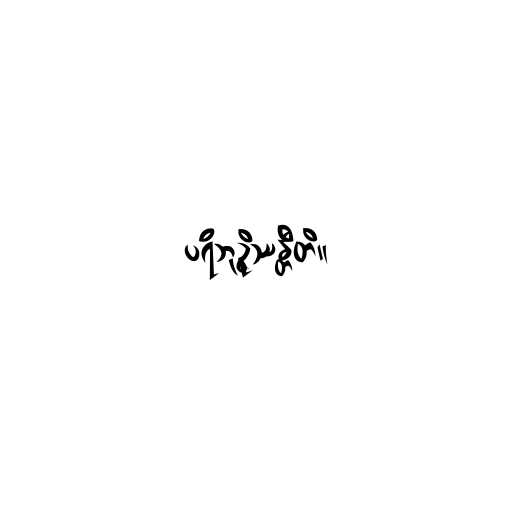
ပရိဘုဉ္ဇိဿန္တီတိ။